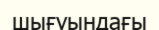
шығуындағы